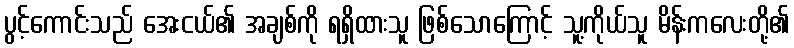
ပွင့်ကောင်းသည် အေးငယ်၏ အချစ်ကို ရရှိထားသူ ဖြစ်သောကြောင့် သူ့ကိုယ်သူ မိန်းကလေးတို့၏